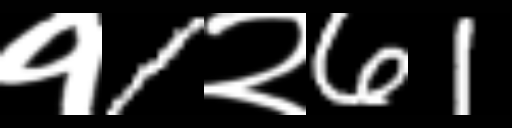
Text: १1२61